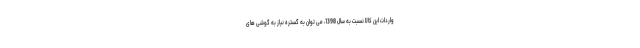
واردات این کالا نسبت به سال 1398، می توان به گستره نیاز به گوشی های